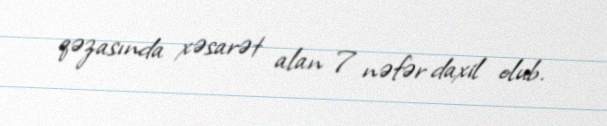
qəzasında xəsarət alan 7 nəfər daxil olub.